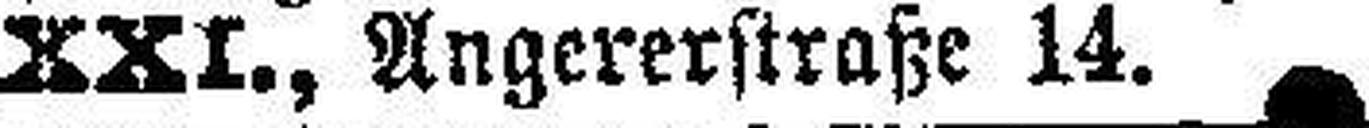
XXI, Angererstraße 14.